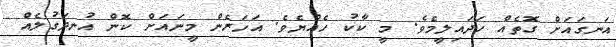
އަނގައަށް ގޮތެއް ހަދައިލީމެވެ. މީ ކާކު ހެއްޔެވެ. އަހަރެން މީނައަށް ކޮން އުނދަގުލެއް